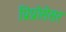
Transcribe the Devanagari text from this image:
प्रिप्रोसेसर